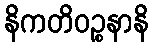
နိကတိဝဉ္စနာနိ